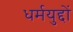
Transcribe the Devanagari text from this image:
धर्मयुद्दों